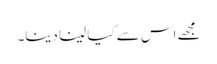
مجھے اس سے کیا لینا دینا۔